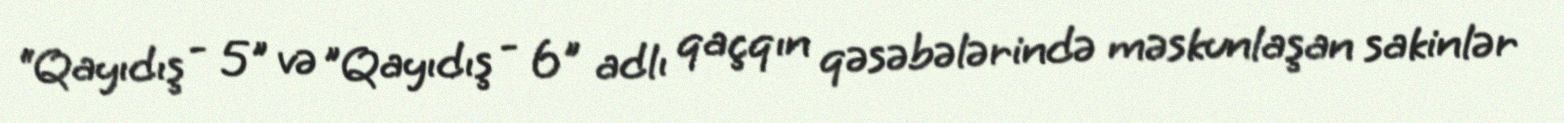
“Qayıdış - 5" və ”Qayıdış - 6" adlı qaçqın qəsəbələrində məskunlaşan sakinlər